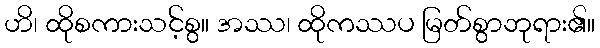
ဟိ၊ ထိုစကားသင့်စွ။ အဿ၊ ထိုကဿပ မြတ်စွာဘုရား၏။